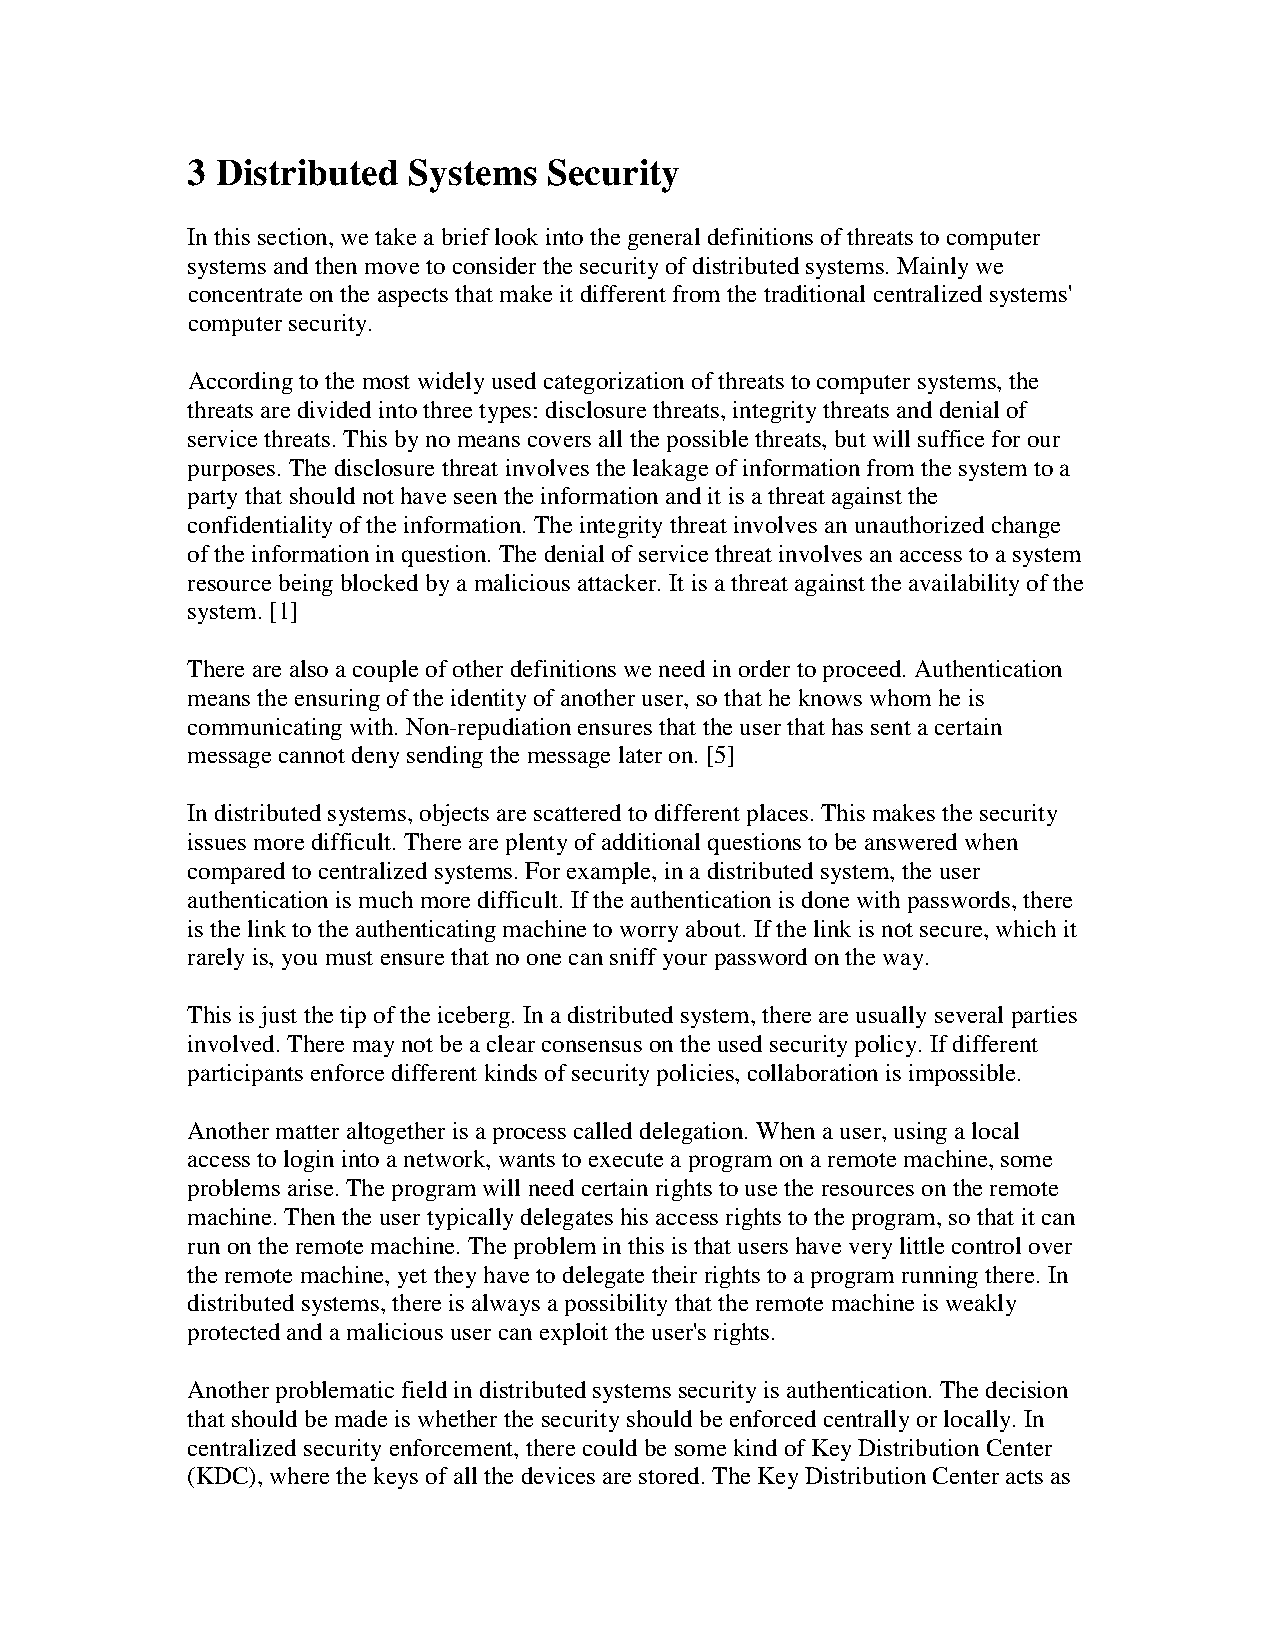
3 Distributed  Systems  Security
 In this section, we take a brief look into the general definitions of threats to computer
 systems and then move to consider the security of distributed systems. Mainly we
 concentrate on the aspects that make it different from the traditional centralized systems'
 computer security.
 According to the most widely used categorization of threats to computer systems, the
 threats are divided into three types: disclosure threats, integrity threats and denial of
 service threats. This by no means covers all the possible threats, but will suffice for our
 purposes. The disclosure threat involves the leakage of information from the system to a
 party that should not have seen the information and it is a threat against the
 confidentiality of the information. The integrity threat involves an unauthorized change
 of the information in question. The denial of service threat involves an access to a system
 resource being blocked by a malicious attacker. It is a threat against the availability of the
 system. [1]
 There are also a couple of other definitions we need in order to proceed. Authentication
 means the ensuring of the identity of another user, so that he knows whom he is
 communicating with. Non-repudiation ensures that the user that has sent a certain
 message cannot deny sending the message later on. [5]
 In distributed systems, objects are scattered to different places. This makes the security
 issues more difficult. There are plenty of additional questions to be answered when
 compared to centralized systems. For example, in a distributed system, the user
 authentication is much more difficult. If the authentication is done with passwords, there
 is the link to the authenticating machine to worry about. If the link is not secure, which it
 rarely is, you must ensure that no one can sniff your password on the way.
 This is just the tip of the iceberg. In a distributed system, there are usually several parties
 involved. There may not be a clear consensus on the used security policy. If different
 participants enforce different kinds of security policies, collaboration is impossible.
 Another matter altogether is a process called delegation. When a user, using a local
 access to login into a network, wants to execute a program on a remote machine, some
 problems arise. The program will need certain rights to use the resources on the remote
 machine. Then the user typically delegates his access rights to the program, so that it can
 run on the remote machine. The problem in this is that users have very little control over
 the remote machine, yet they have to delegate their rights to a program running there. In
 distributed systems, there is always a possibility that the remote machine is weakly
 protected and a malicious user can exploit the user's rights.
 Another problematic field in distributed systems security is authentication. The decision
 that should be made is whether the security should be enforced centrally or locally. In
 centralized security enforcement, there could be some kind of Key Distribution Center
 (KDC), where the keys of all the devices are stored. The Key Distribution Center acts as